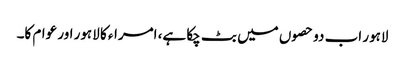
لاہور اب دو حصوں میں بٹ چکا ہے، امراء کا لاہور اور عوام کا۔